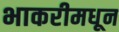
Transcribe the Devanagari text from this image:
भाकरीमधून